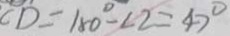
C D = 1 8 0 ^ { \circ } - \angle 2 = 4 7 ^ { \circ }